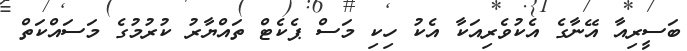
ބަސީރިއާ އޭނާގެ އެކުވެރިއަކާ އެކު ހިކި މަސް ޕެކެޓް ތައްޔާރު ކުރުމުގެ މަސައްކަތް